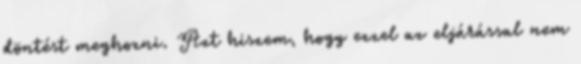
döntést meghozni. Azt hiszem, hogy ezzel az eljárással nem